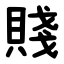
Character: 賤